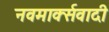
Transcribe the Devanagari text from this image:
नवमार्क्सवादी